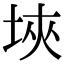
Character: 埉